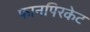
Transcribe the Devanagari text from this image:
फानपिरकेट